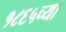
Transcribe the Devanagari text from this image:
१८६५च्या